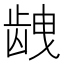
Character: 𱌱